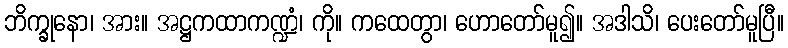
ဘိက္ခုနော၊ အား။ အဋ္ဌကထာကဏ္ဍံ၊ ကို။ ကထေတွာ၊ ဟောတော်မူ၍။ အဒါသိ၊ ပေးတော်မူပြီ။